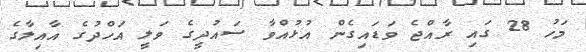
މަހު 28 ގައި ރާއްޖެ ވަޑައިގެން އުޅުއްވާ ސައުދީގެ ވަލީ އަހްދުގެ އާއިލާގެ